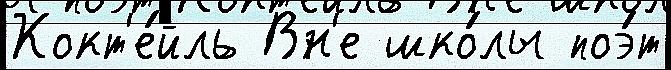
Кокт'е́йль Вн'е шко́лы поэ́т